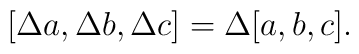
\lbrack \Delta a,\Delta b,\Delta c]=\Delta [a,b,c].